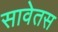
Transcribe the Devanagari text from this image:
सावेतस